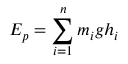
E _ { p } = \sum _ { i = 1 } ^ { n } m _ { i } g h _ { i }